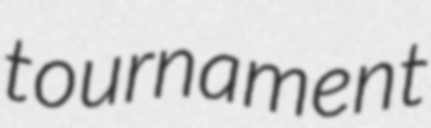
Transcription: tournament